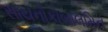
સાયનોકોબાલમિન